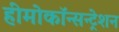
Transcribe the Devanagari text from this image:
हीमोकॉन्सन्ट्रेशन